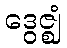
ဒွေဇ္ဈံ